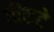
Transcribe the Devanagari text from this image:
चिकटे